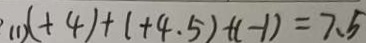
( 1 ) ( + 4 ) + ( + 4 . 5 ) + ( - 1 ) = 7 . 5